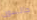
جالسون